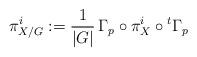
LaTeX: \begin{align*} \pi^i_{X/G} := \frac{1}{|G|} \,\Gamma_p \circ \pi^i_X \circ {}^t\Gamma_p \end{align*}